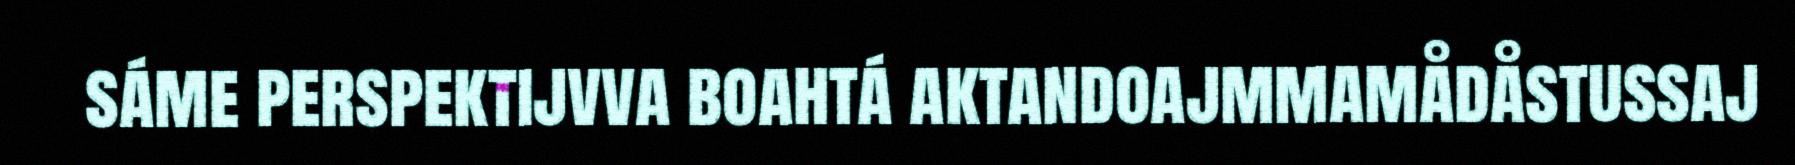
sáme perspektijvva boahtá aktandoajmmamådåstussaj